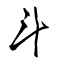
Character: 斗